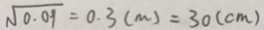
\sqrt { 0 . 0 9 } = 0 . 3 ( m ) = 3 0 ( c m )